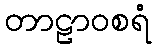
တာဠာဝစရံ